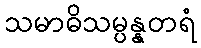
သမာဓိသမ္ပန္နတရံ